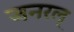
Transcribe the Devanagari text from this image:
जनरल्